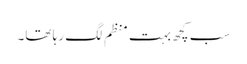
سب کچھ بہت منظم لگ رہا تھا۔